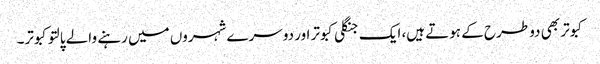
کبوتر بھی دو طرح کے ہوتے ہیں، ایک جنگلی کبوتر اور دوسرے شہروں میں رہنے والے پالتو کبوتر۔